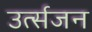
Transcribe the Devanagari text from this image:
उर्त्सजन